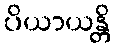
ပိယာယန္တိ